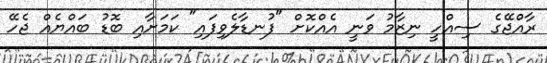
ރާއްޖޭގެ ސިއްހީ ނިޒާމު ވަނީ އެއްކޮށް "ފުނޑާލެވިފައި" ކަމަށާއި ބޮޑު ބައްޔެއް ޖެހޭ